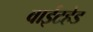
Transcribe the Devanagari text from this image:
वाईटहेड